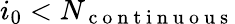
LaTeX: i_{0}<N_{\mathrm{~c~o~n~t~i~n~u~o~u~s~}}